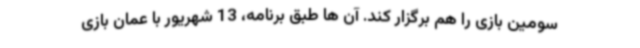
سومین بازی را هم برگزار کند. آن ها طبق برنامه، 13 شهریور با عمان بازی